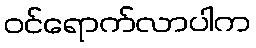
ဝင်ရောက်လာပါက